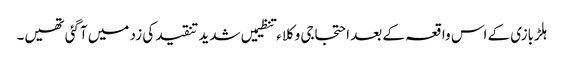
ہلڑبازی کے اس واقعہ کے بعد احتجاجی وکلاء تنظیمیں شدید تنقید کی زد میں آگئی تھیں۔